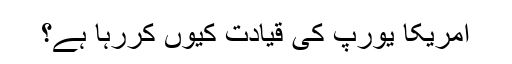
امریکا یورپ کی قیادت کیوں کررہا ہے؟